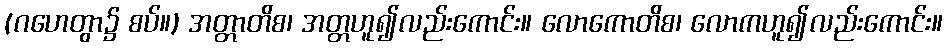
(ဂဟေတွာ၌ စပ်။) အတ္တာတိစ၊ အတ္တဟူ၍လည်းကောင်း။ လောကောတိစ၊ လောကဟူ၍လည်းကောင်း။